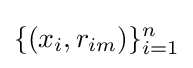
\{(x_{i},r_{im})\}_{i=1}^{n}